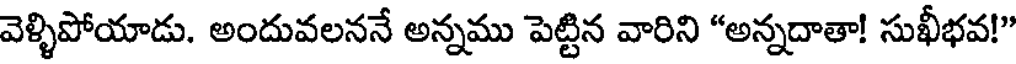
వెళ్ళిపోయాడు. అందువలననే అన్నము పెట్టిన వారిని "అన్నదాతా! సుఖీభవ!"